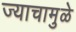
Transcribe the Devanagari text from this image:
ज्याचामुळे